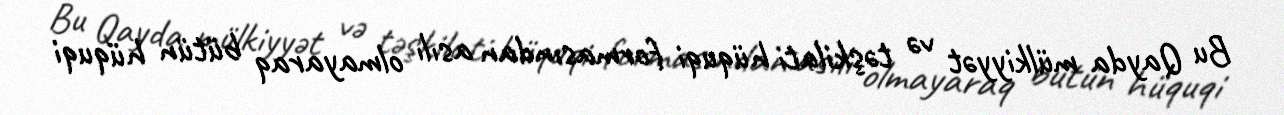
Bu Qayda mülkiyyət və təşkilati hüquqi formasından asılı olmayaraq bütün hüquqi